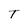
Character: T